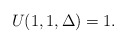
\begin{align*} U(1,1, \Delta) = 1.\end{align*}